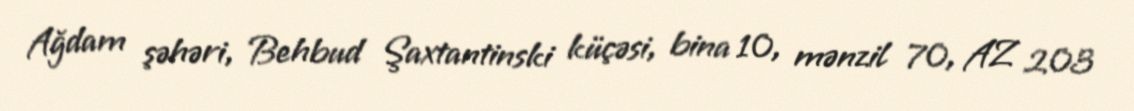
Ağdam şəhəri, Behbud Şaxtantinski küçəsi, bina 10, mənzil 70, AZ 203